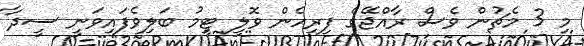
މި 3 މެޗުން ވެސް ރާއްޖޭގެ ފިރިހެން ވޮލީ ޓީމު ބަލިވެފައިވަނީ ސީދާ